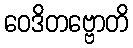
ဝေဒိတဗ္ဗောတိ